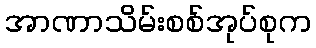
အာဏာသိမ်းစစ်အုပ်စုက